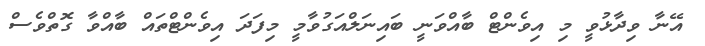
އޭނާ ވިދާޅުވީ މި އިވެންޓް ބާއްވަނީ ބައިނަލްއަގުވާމީ މިފަދަ އިވެންޓްތައް ބާއްވާ ގޮތްވެސް